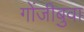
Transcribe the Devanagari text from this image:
गोंजीबुवा